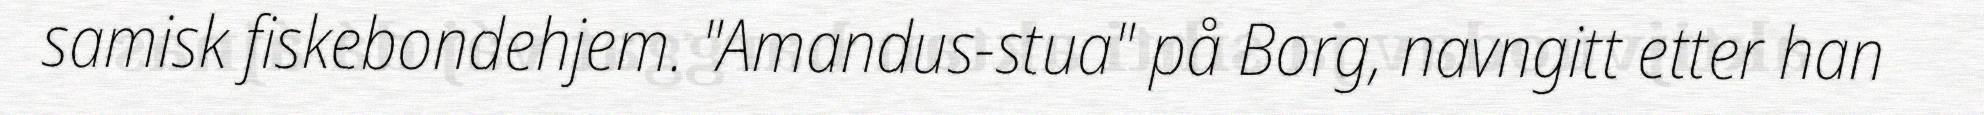
samisk fiskebondehjem. "Amandus-stua" på Borg, navngitt etter han